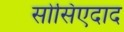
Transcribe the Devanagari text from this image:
सोसिएदाद